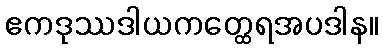
ဧကဒုဿဒါယကတ္ထေရအပဒါန။